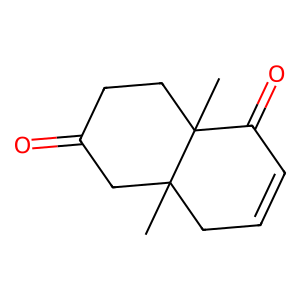
SMILES: CC12CC=CC(=O)C1(C)CCC(=O)C2
Inhibits HIV replication: No